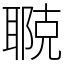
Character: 鿣